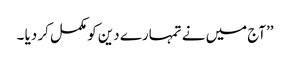
’’آج میں نے تمہارے دین کو مکمل کر دیا ۔